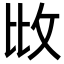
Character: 𢻹